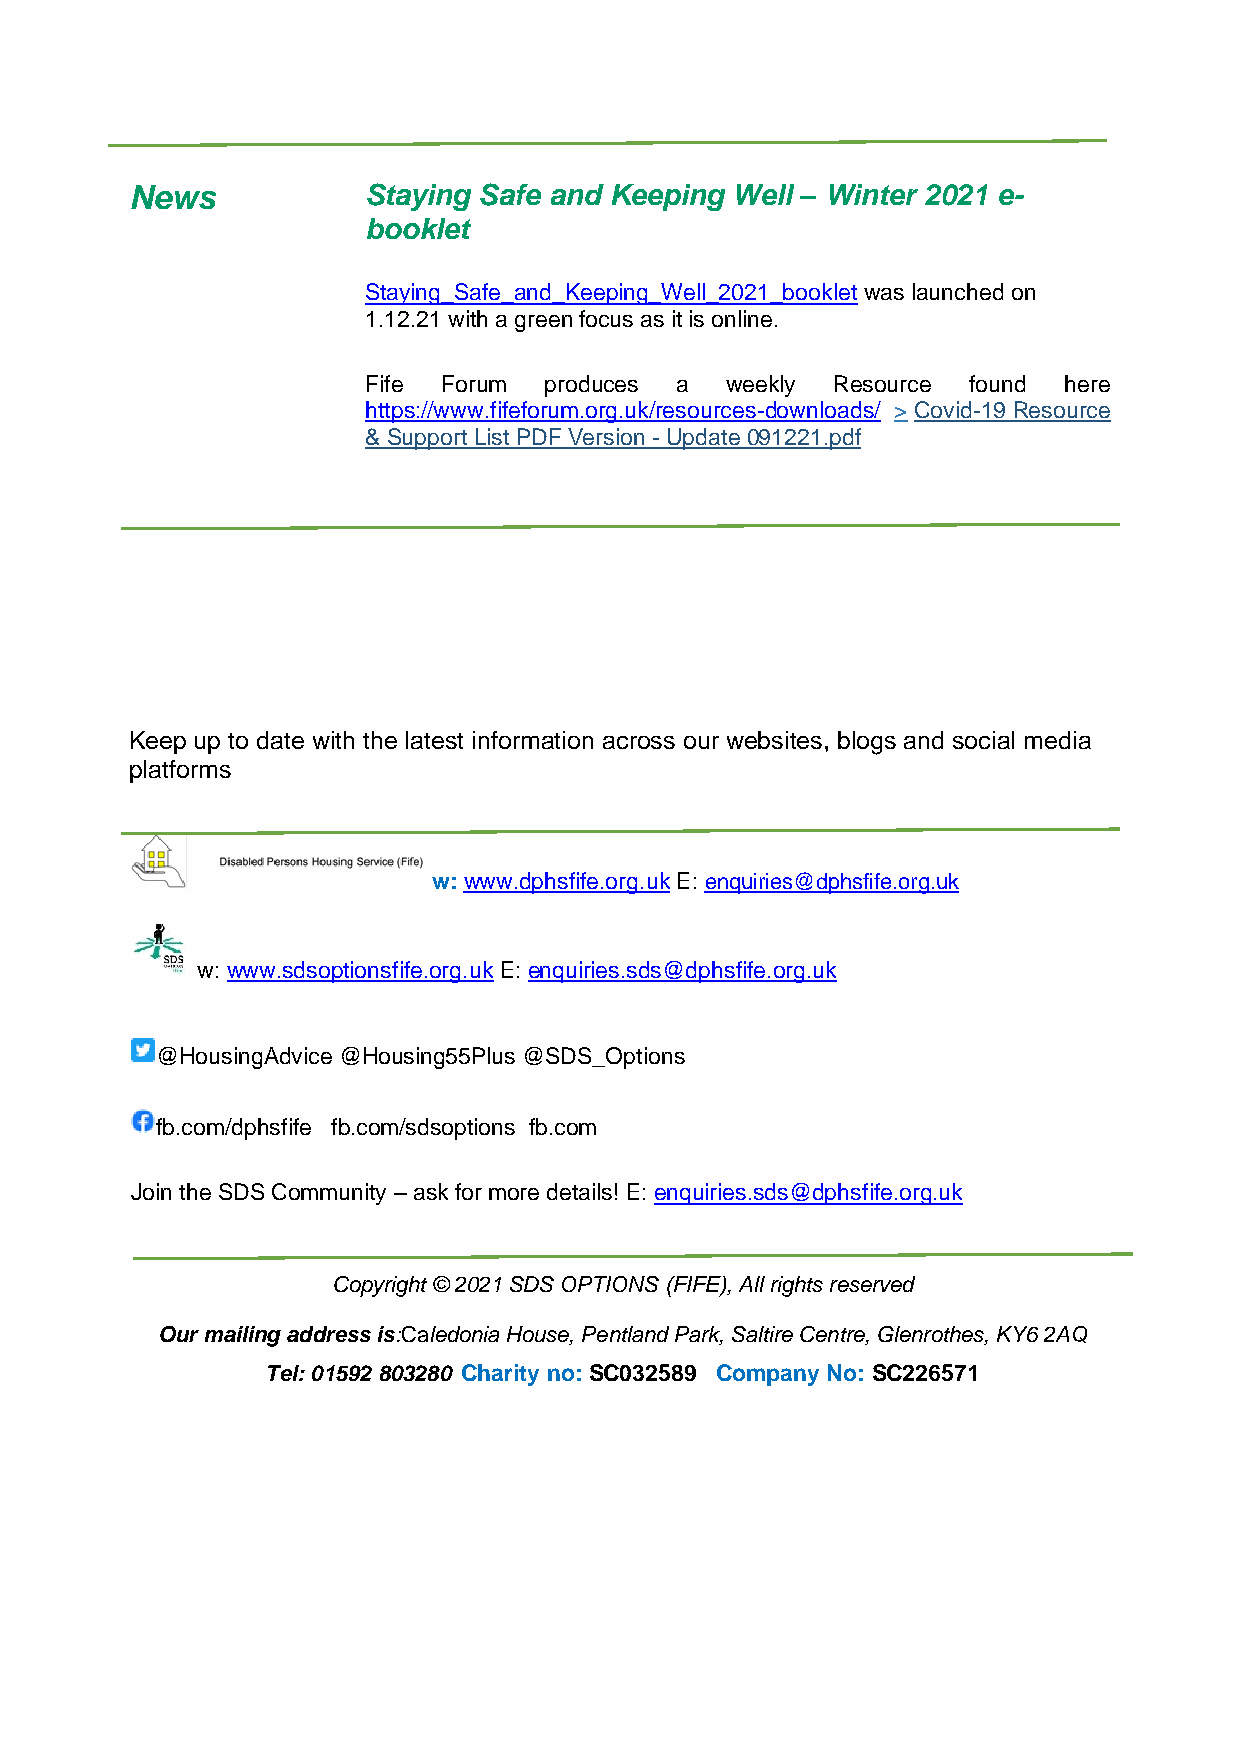
News           Staying Safe and Keeping Well – Winter 2021 e-
 booklet
 Staying_Safe_and_Keeping_Well_2021_booklet was launched on
 1.12.21 with a green focus as it is online.
 Fife Forum  produces a  weekly Resource found here
 https://www.fifeforum.org.uk/resources-downloads/ > Covid-19 Resource
 & Support List PDF Version - Update 091221.pdf
 Keep up to date with the latest information across our websites, blogs and social media
 platforms
 w: www.dphsfife.org.uk E: enquiries@dphsfife.org.uk
 w: www.sdsoptionsfife.org.uk E: enquiries.sds@dphsfife.org.uk
 @HousingAdvice @Housing55Plus @SDS_Options
 fb.com/dphsfife fb.com/sdsoptions fb.com
 Join the SDS Community – ask for more details! E: enquiries.sds@dphsfife.org.uk
 Copyright © 2021 SDS OPTIONS (FIFE), All rights reserved
 Our mailing address is:Caledonia House, Pentland Park, Saltire Centre, Glenrothes, KY6 2AQ
 Tel: 01592 803280 Charity no: SC032589 Company No: SC226571